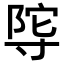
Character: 𭔴